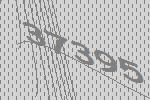
37395